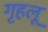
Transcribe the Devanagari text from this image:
गृहलू